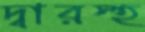
দ্বারস্হ